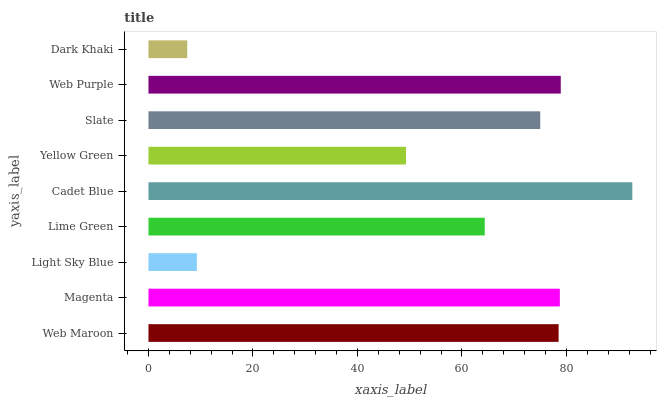
| yaxis_label | bars |
 | --- | --- |
 | Web Maroon | 78.5 |
 | Magenta | 78.7 |
 | Light Sky Blue | 9.26 |
 | Lime Green | 64.4 |
 | Cadet Blue | 92.6 |
 | Yellow Green | 49.3 |
 | Slate | 75 |
 | Web Purple | 78.9 |
 | Dark Khaki | 7.42 |